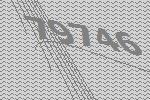
79746